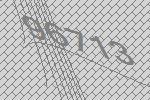
96713